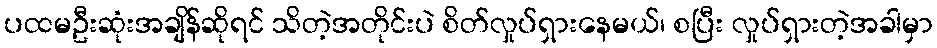
ပထမဦးဆုံးအချိန်ဆိုရင် သိတဲ့အတိုင်းပဲ စိတ်လှုပ်ရှားနေမယ်၊ စပြီး လှုပ်ရှားတဲ့အခါမှာ